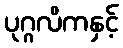
ပုဂ္ဂလိကနှင့်